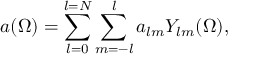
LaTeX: a ( \Omega ) = \sum _ { l = 0 } ^ { l = N } \sum _ { m = - l } ^ { l } a _ { l m } Y _ { l m } ( \Omega ) ,